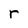
Character: r